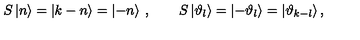
S \left| n \right\rangle = \left| k - n \right\rangle = \left| - n \right\rangle \: , \qquad S \left| \vartheta _ { l } \right\rangle = \left| - \vartheta _ { l } \right\rangle = \left| \vartheta _ { k - l } \right\rangle ,